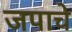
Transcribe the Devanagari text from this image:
जपाचे